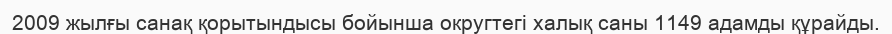
2009 жылғы санақ қорытындысы бойынша округтегі халық саны 1149 адамды құрайды.